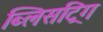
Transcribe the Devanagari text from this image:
ब्लिसट्रिंग